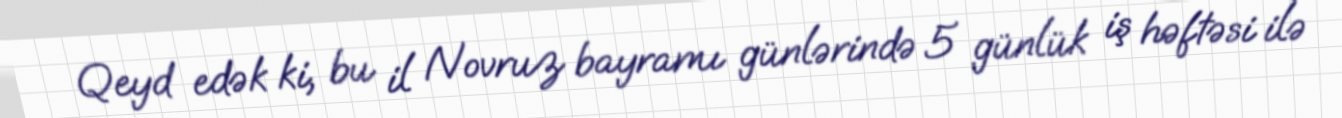
Qeyd edək ki, bu il Novruz bayramı günlərində 5 günlük iş həftəsi ilə